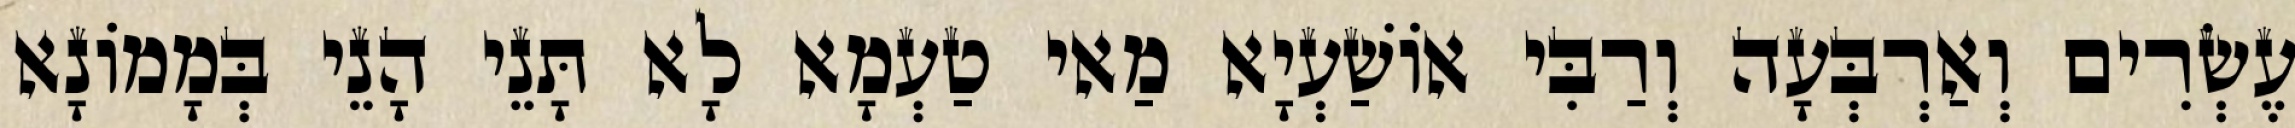
עֶשְׂרִים וְאַרְבְּעָה וְרַבִּי אוֹשַׁעְיָא מַאי טַעְמָא לָא תָּנֵי הָנֵי בְּמָמוֹנָא